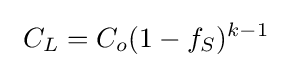
\ C_{L}=C_{o}(1-f_{S})^{k-1}